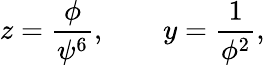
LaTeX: z=\frac{\phi}{\psi^{6}},\quad\quad y=\frac 1{\phi^{2}},